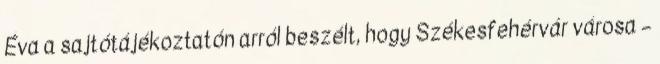
Éva a sajtótájékoztatón arról beszélt, hogy Székesfehérvár városa –